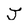
Character: J